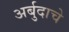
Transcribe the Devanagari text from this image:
अर्बुदाचे